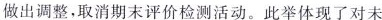
做出调整，取消期末评价检测活动。此举体现了对未